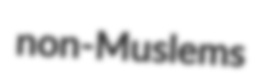
non-Muslems